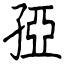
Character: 孲